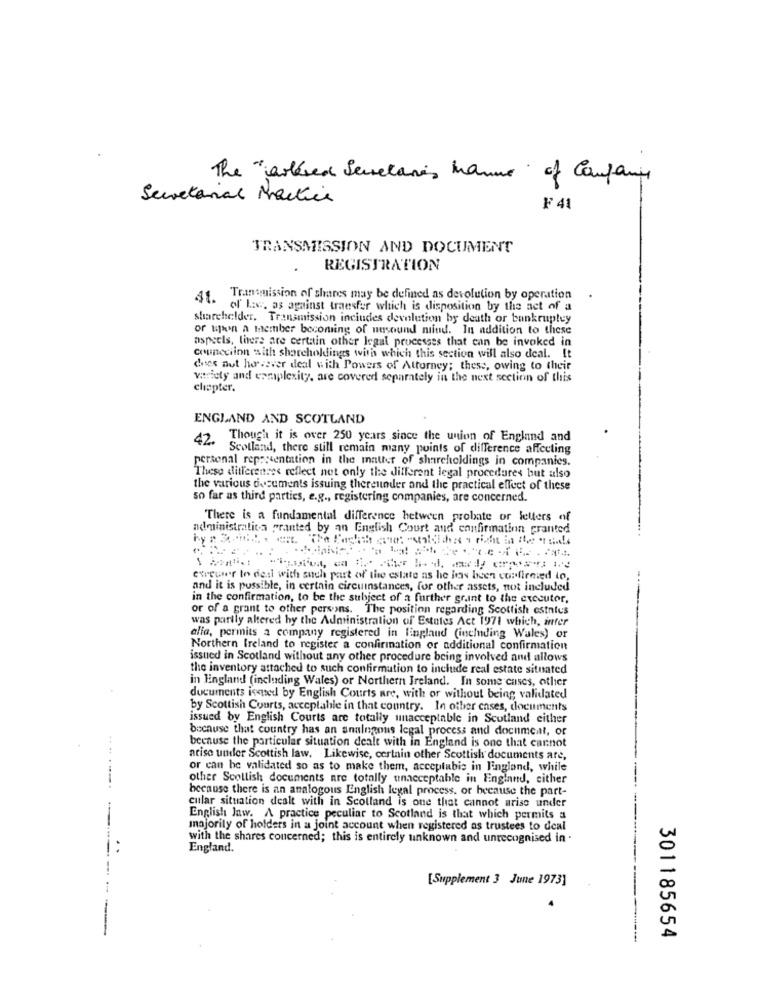
The "arkred Serelanes hanno of Company
Secretarial Martice
F 41
TRANSMISSION AND DOCUMENT
REGISTRATION
31. Transmission of shares may be defined as devolution by operation
of' Las, as against transfer which is disposition by the act of a
sharehelder. Transmission includes devolution by death or bankruptcy
or upen a member becoming of nusound mind. In addition to these
aspects, there are certain other legal processes that can be invoked in
councilon with shoreholdings with which this section will also deal. It
does not however deal with Powers of Attorney; these, owing to their
variety and exmplexity, are covered separately in the next section of this
chapter.
ENGLAND AND SCOTLAND
42. Though it is over 250 years since the union of England and
Scotland, there still remain many points of difference affecting
personal rep :: sentation in the matter of shareholdings in companies.
These differences reflect net only the different legal procedures but also
the various documents issuing thereunder and the practical effect of these
so far as third parties, e.g ., registering companies, are concerned.
There is a fundamental difference between probate or letters of
administrativa granted by an English Court and confirmation granted
erreun'r to deal with such part of the estate as he has been confirmed to.
and it is possible, in certain circumstances, for other assets, not included
in the confirmation, to be the subject of a further grant to the executor,
or of a grant to other persons. The position regarding Scottish estatus
was partly altered by the Administration of Estates Act 1971 which, infer
alla, permits a company registered in lingland (including Wales) or
Northern Ireland to register a confirmation or additional confirmation
issued in Scotland without any other procedure being involved and allows
the inventory attached to such confirmation to include real estate situated
in England (including Wales) or Northern Ireland. In some cases, other
documents ismed by English Courts are, with or without being validated
by Scottish Courts, acceptable in that country. In other cases, documents
issued by English Courts are totally unacceptable in Scotland either
because that country has an analogous legal process and document, or
beenuse the particular situation dealt with in England is one that cannot
arise under Scottish law. Likewise, certain other Scottish documents are,
or can be validated so as to make them, acceplubis in Fingland, while
other Scollish documents are totally unacceptable in England, either
because there is an analogous English legal process, or because the part-
cular situation dealt with in Scotland is one that cannot arise under
English Jaw. A practice peculiar to Scotland is that which permits a
majority of holders in a joint account when registered as trustees to deal
with the shares concerned; this is entirely unknown and unrecognised in .
England.
[Supplement 3 June 1973]
301185654